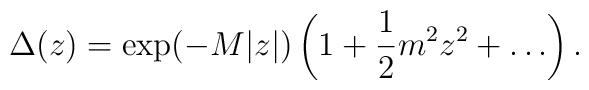
\Delta(z) = \exp(- M|z|)\left(1+ {1\over 2} m^2 z^2 +\ldots\right).